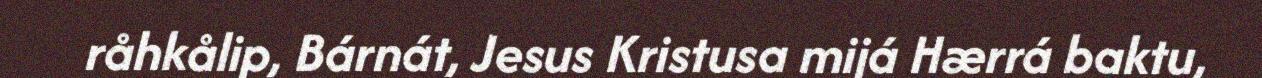
råhkålip, Bárnát, Jesus Kristusa mijá Hærrá baktu,